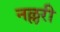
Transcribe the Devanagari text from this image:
नल्लरी